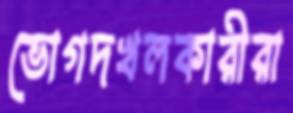
ভোগদখলকারীরা